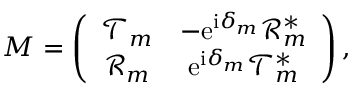
M = \left( \begin{array} { c c } { \mathcal { T } _ { m } } & { - \mathrm { e } ^ { \mathrm { i } \delta _ { m } } \mathcal { R } _ { m } ^ { * } } \\ { \mathcal { R } _ { m } } & { \mathrm { e } ^ { \mathrm { i } \delta _ { m } } \mathcal { T } _ { m } ^ { * } } \end{array} \right) ,